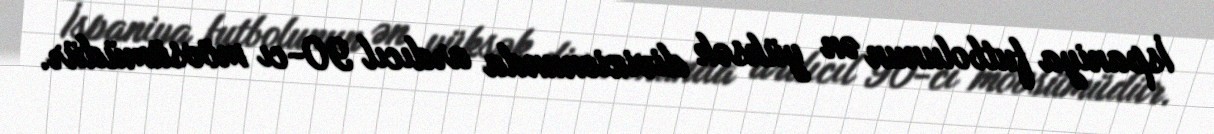
İspaniya futbolunun ən yüksək divizionunda ardıcıl 90-cı mövsümüdür.